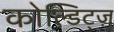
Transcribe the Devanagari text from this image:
कोल्डिट्ज़